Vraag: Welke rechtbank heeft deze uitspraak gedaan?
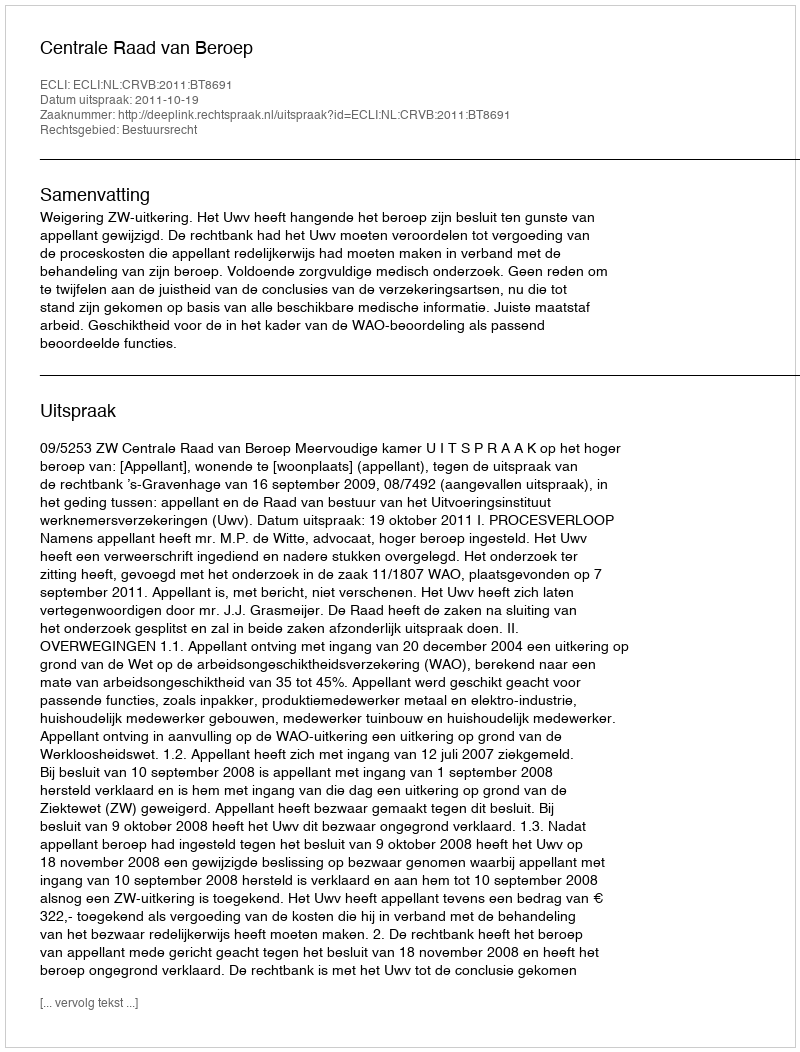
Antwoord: Centrale Raad van Beroep